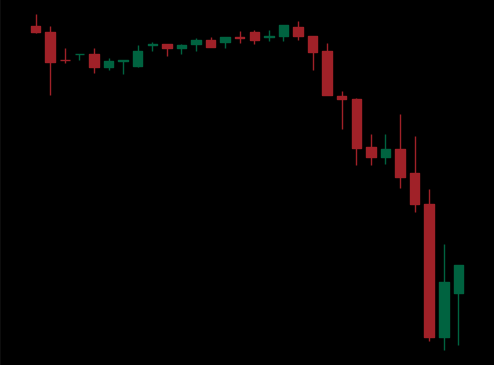
Pattern: unclassified